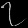
Digit: ၇